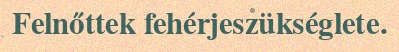
Felnőttek fehérjeszükséglete.